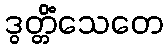
ဒွတ္တိံသေတေ